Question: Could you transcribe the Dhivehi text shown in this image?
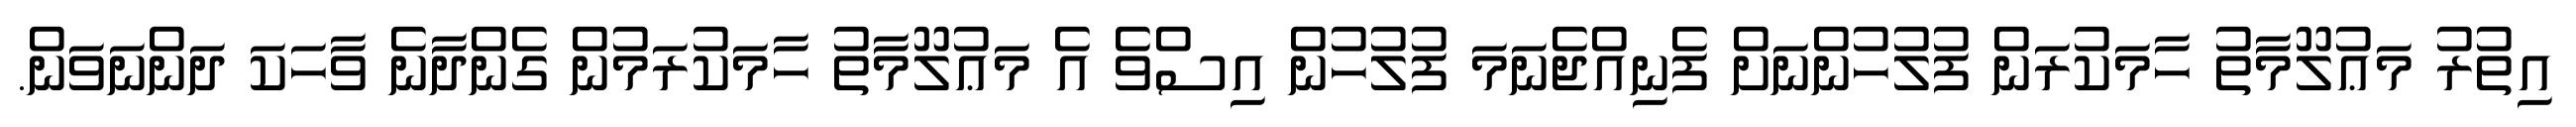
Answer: އިތުރު މަޢުލޫމާތު ހާމަކުރަން ފުލުހުންނަށް ފެނިއްޖެނަމަ ފުލުހުން އިސްވެ އެ މަޢުލޫމާތު ހާމަކުރަމުން ގެންދާނެ ވާހަކަ ދަންނަވަން.